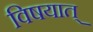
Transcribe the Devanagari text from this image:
विषयात्